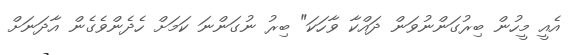
އެއީ މީހުން ބިރުގަންނުވަން ދައްކާ ވާހަކަ" ބިރު ނުގަންނަ ކަމަށް ހެދެންވެގެން އާދަނަށް